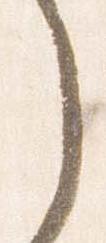
之